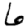
Digit: 6